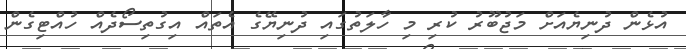
އުޅެން ދުނިޔެއަށް މަޖުބޫރު ކުރި މި ހާލަތުގައި ދުނިޔޭގެ އެތައް އިގުތިސޯދެއް ހުއްޓިގެން